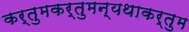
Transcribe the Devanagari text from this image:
कर्तुमकर्तुमन्यथाकर्तुम